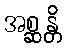
အစ္ဆန္တိ